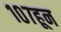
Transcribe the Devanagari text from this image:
१०७हून